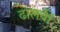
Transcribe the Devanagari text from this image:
ढालवीं